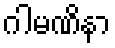
ဂါမဏိနာ